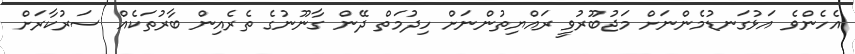
އެހެންވެ އަޅުގަނޑުމެންނަށް މަޖުބޫރުވީ ރައްޔިތުންނަށް ހިދުމަތް ދޭން ގާނޫނުގެ ތެރެއިން ބާރުތަކެއް ސަރުކާރަށް